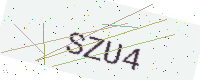
Text: SZU4